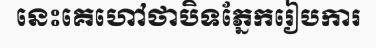
នេះគេហៅថាបិទភ្នែករៀបការ